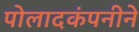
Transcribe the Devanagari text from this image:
पोलादकंपनीने